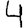
Digit: 4